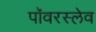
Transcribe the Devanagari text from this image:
पॉवरस्लेव